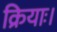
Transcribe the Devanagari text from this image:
क्रियाः।